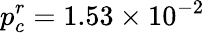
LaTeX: p_{c}^{r}=1.53\times 10^{-2}